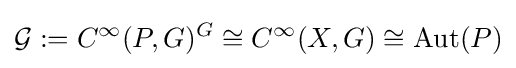
{\mathcal {G}}:=C^{\infty }(P,G)^{G}\cong C^{\infty }(X,G)\cong \operatorname {Aut} (P)